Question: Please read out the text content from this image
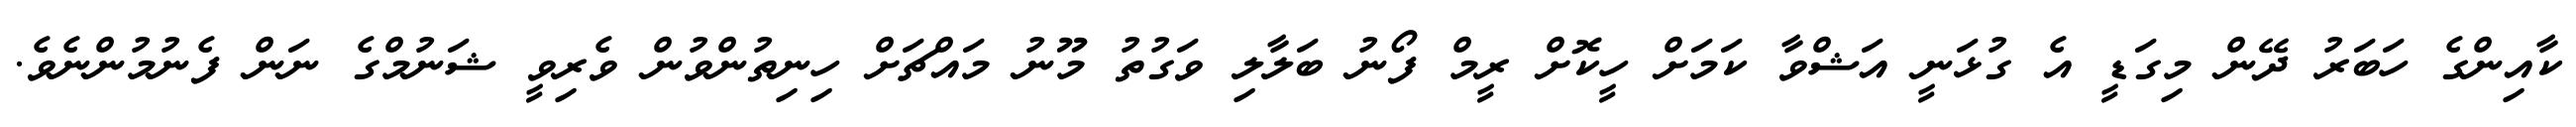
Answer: ކާއިންގެ ހަބަރު ދޭން މިގަޑީ އެ ގުޅަނީ އަޝްވާ ކަމަށް ހީކޮށް ރީމް ފޯނު ބަލާލި ވަގުތު މޫނު މައްޗަށް ހިނިތުންވުން ވެރިވީ ޝަނުމްގެ ނަން ފެނުމުންނެވެ.